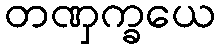
တဏှက္ခယေ